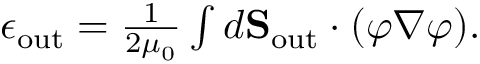
\begin{array} { r } { \epsilon _ { \mathrm { o u t } } = \frac { 1 } { 2 \mu _ { 0 } } \int d { \bf S } _ { \mathrm { o u t } } \cdot ( \varphi \nabla \varphi ) . } \end{array}